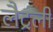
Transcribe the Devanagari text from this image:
लैट्रली